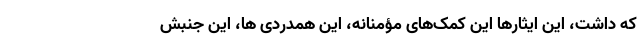
که داشت، این ایثارها این کمک‌های مؤمنانه، این همدردی ها، این جنبش